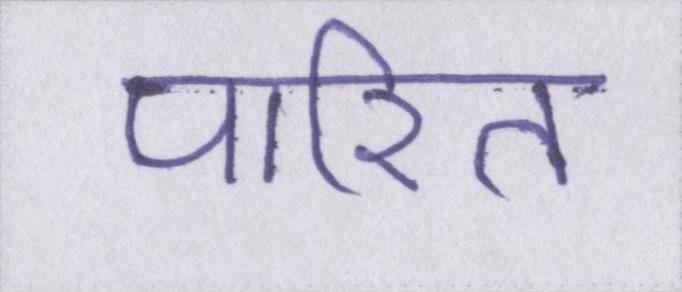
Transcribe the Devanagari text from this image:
पारित